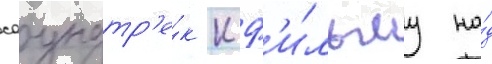
саундтр'е́к к ф'и́льму на́д